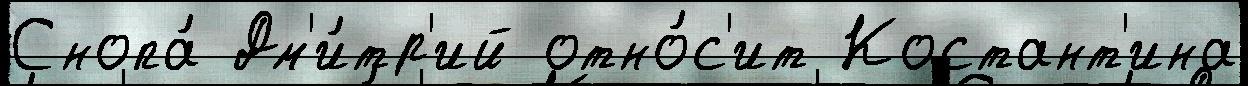
Снопа́ Дм'и́тр'ий отно́с'ит Костант'ина